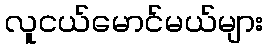
လူငယ်မောင်မယ်များ